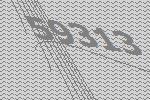
59313